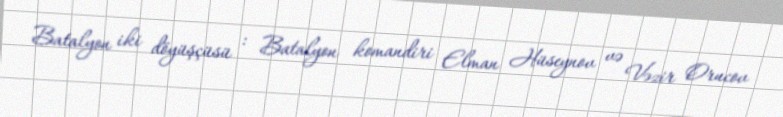
Batalyon iki döyüşçüsü : Batalyon komandiri Elman Hüseynov və Vəzir Orucov